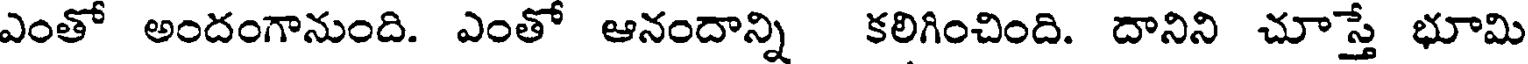
ఎంతో అందంగానుంది. ఎంతో ఆనందాన్ని కలిగించింది. దానిని చూస్తే భూమి